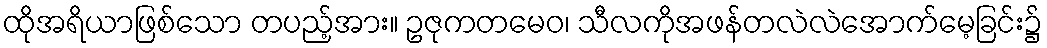
ထိုအရိယာဖြစ်သော တပည့်အား။ ဥဇုကတမေဝ၊ သီလကိုအဖန်တလဲလဲအောက်မေ့ခြင်း၌